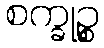
စက္ခုဉ္စ